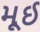
મૂઈ